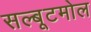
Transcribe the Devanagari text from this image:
सल्बूटमोल